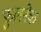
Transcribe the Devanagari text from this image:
फुलनेक